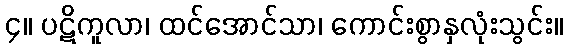
၄။ ပဋိကူလာ၊ ထင်အောင်သာ၊ ကောင်းစွာနှလုံးသွင်း။